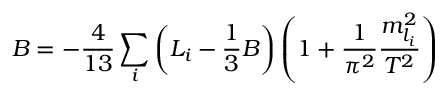
B = - \frac { 4 } { 1 3 } \sum _ { i } \left( L _ { i } - \frac { 1 } { 3 } B \right) \left( 1 + \frac { 1 } { \pi ^ { 2 } } \frac { m _ { l _ { i } } ^ { 2 } } { T ^ { 2 } } \right)